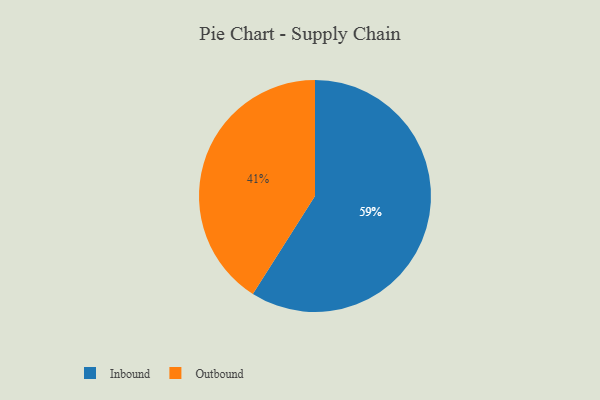
{"axis": {"x": "Category", "y": "Percentage"}, "legend": ["Inbound", "Outbound"], "data": [{"x": "Inbound", "y": 59, "type": "Inbound"}, {"x": "Outbound", "y": 41, "type": "Outbound"}]}